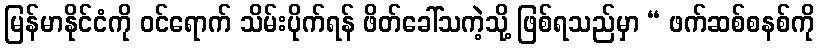
မြန်မာနိုင်ငံကို ဝင်ရောက် သိမ်းပိုက်ရန် ဖိတ်ခေါ်သကဲ့သို့ ဖြစ်ရသည်မှာ “ ဖက်ဆစ်စနစ်ကို